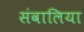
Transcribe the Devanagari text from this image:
संवालिया